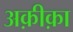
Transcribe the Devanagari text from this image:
अक़ीक़ा